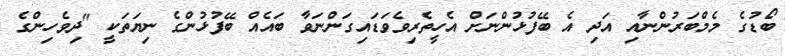
ބޯޑުގެ މެމްބަރުންނާއި އަދި އެ ބޭފުޅުންނަށް އެހީތެރިވެވަޑައިގަންނަވާ ބައެއް ބޭފުޅުންގެ ނިޔަތަކީ "ދިވެހިންގެ